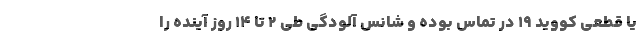
یا قطعی کووید ۱۹ در تماس بوده و شانس آلودگی طی ۲ تا ۱۴ روز آینده را